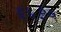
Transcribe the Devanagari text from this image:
६५३५